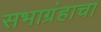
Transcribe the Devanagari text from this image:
सभाग्रंहाचा